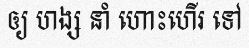
ឲ្យ ហង្ស នាំ ហោះហើរ ទៅ